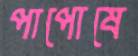
পাপোষে